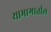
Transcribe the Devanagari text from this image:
याभागातील